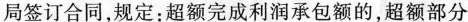
局签订合同，规定：超额完成利润承包额的，超额部分